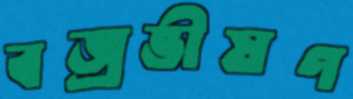
বজ্রভীষণ